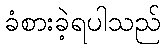
ခံစားခဲ့ရပါသည်